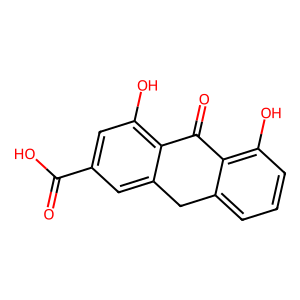
SMILES: O=C(O)c1cc(O)c2c(c1)Cc1cccc(O)c1C2=O
Inhibits HIV replication: No